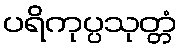
ပရိကုပ္ပသုတ္တံ